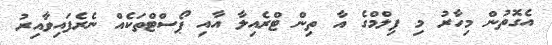
އެގޮތުން މިހާރު މި ފިލްމްގެ އާ ތިން ޓްރެއިލާ އާއި ޕޯސްޓްތަކެއް ނެރެފައިވާއިރު